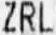
ZRL